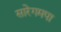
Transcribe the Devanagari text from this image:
सारेगमपा